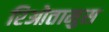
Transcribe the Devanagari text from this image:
रिओतामुस